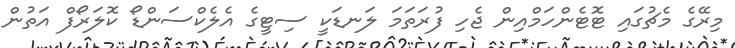
މިރޭގެ މެޗުގައި ޓޮޓެންހަމްއިން ޖެހި ފުރަތަމަ ލަނޑަކީ ސިޓީގެ އެލެކްސަންޑޯ ކޮލަރޯފް އަތުން